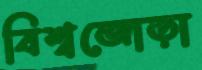
বিশ্বজোড়া